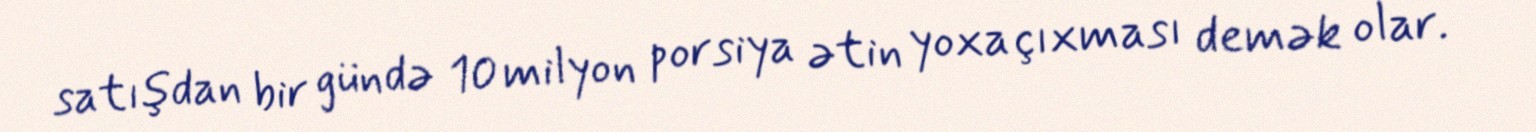
satışdan bir gündə 10 milyon porsiya ətin yoxa çıxması demək olar.